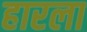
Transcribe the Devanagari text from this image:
हारला